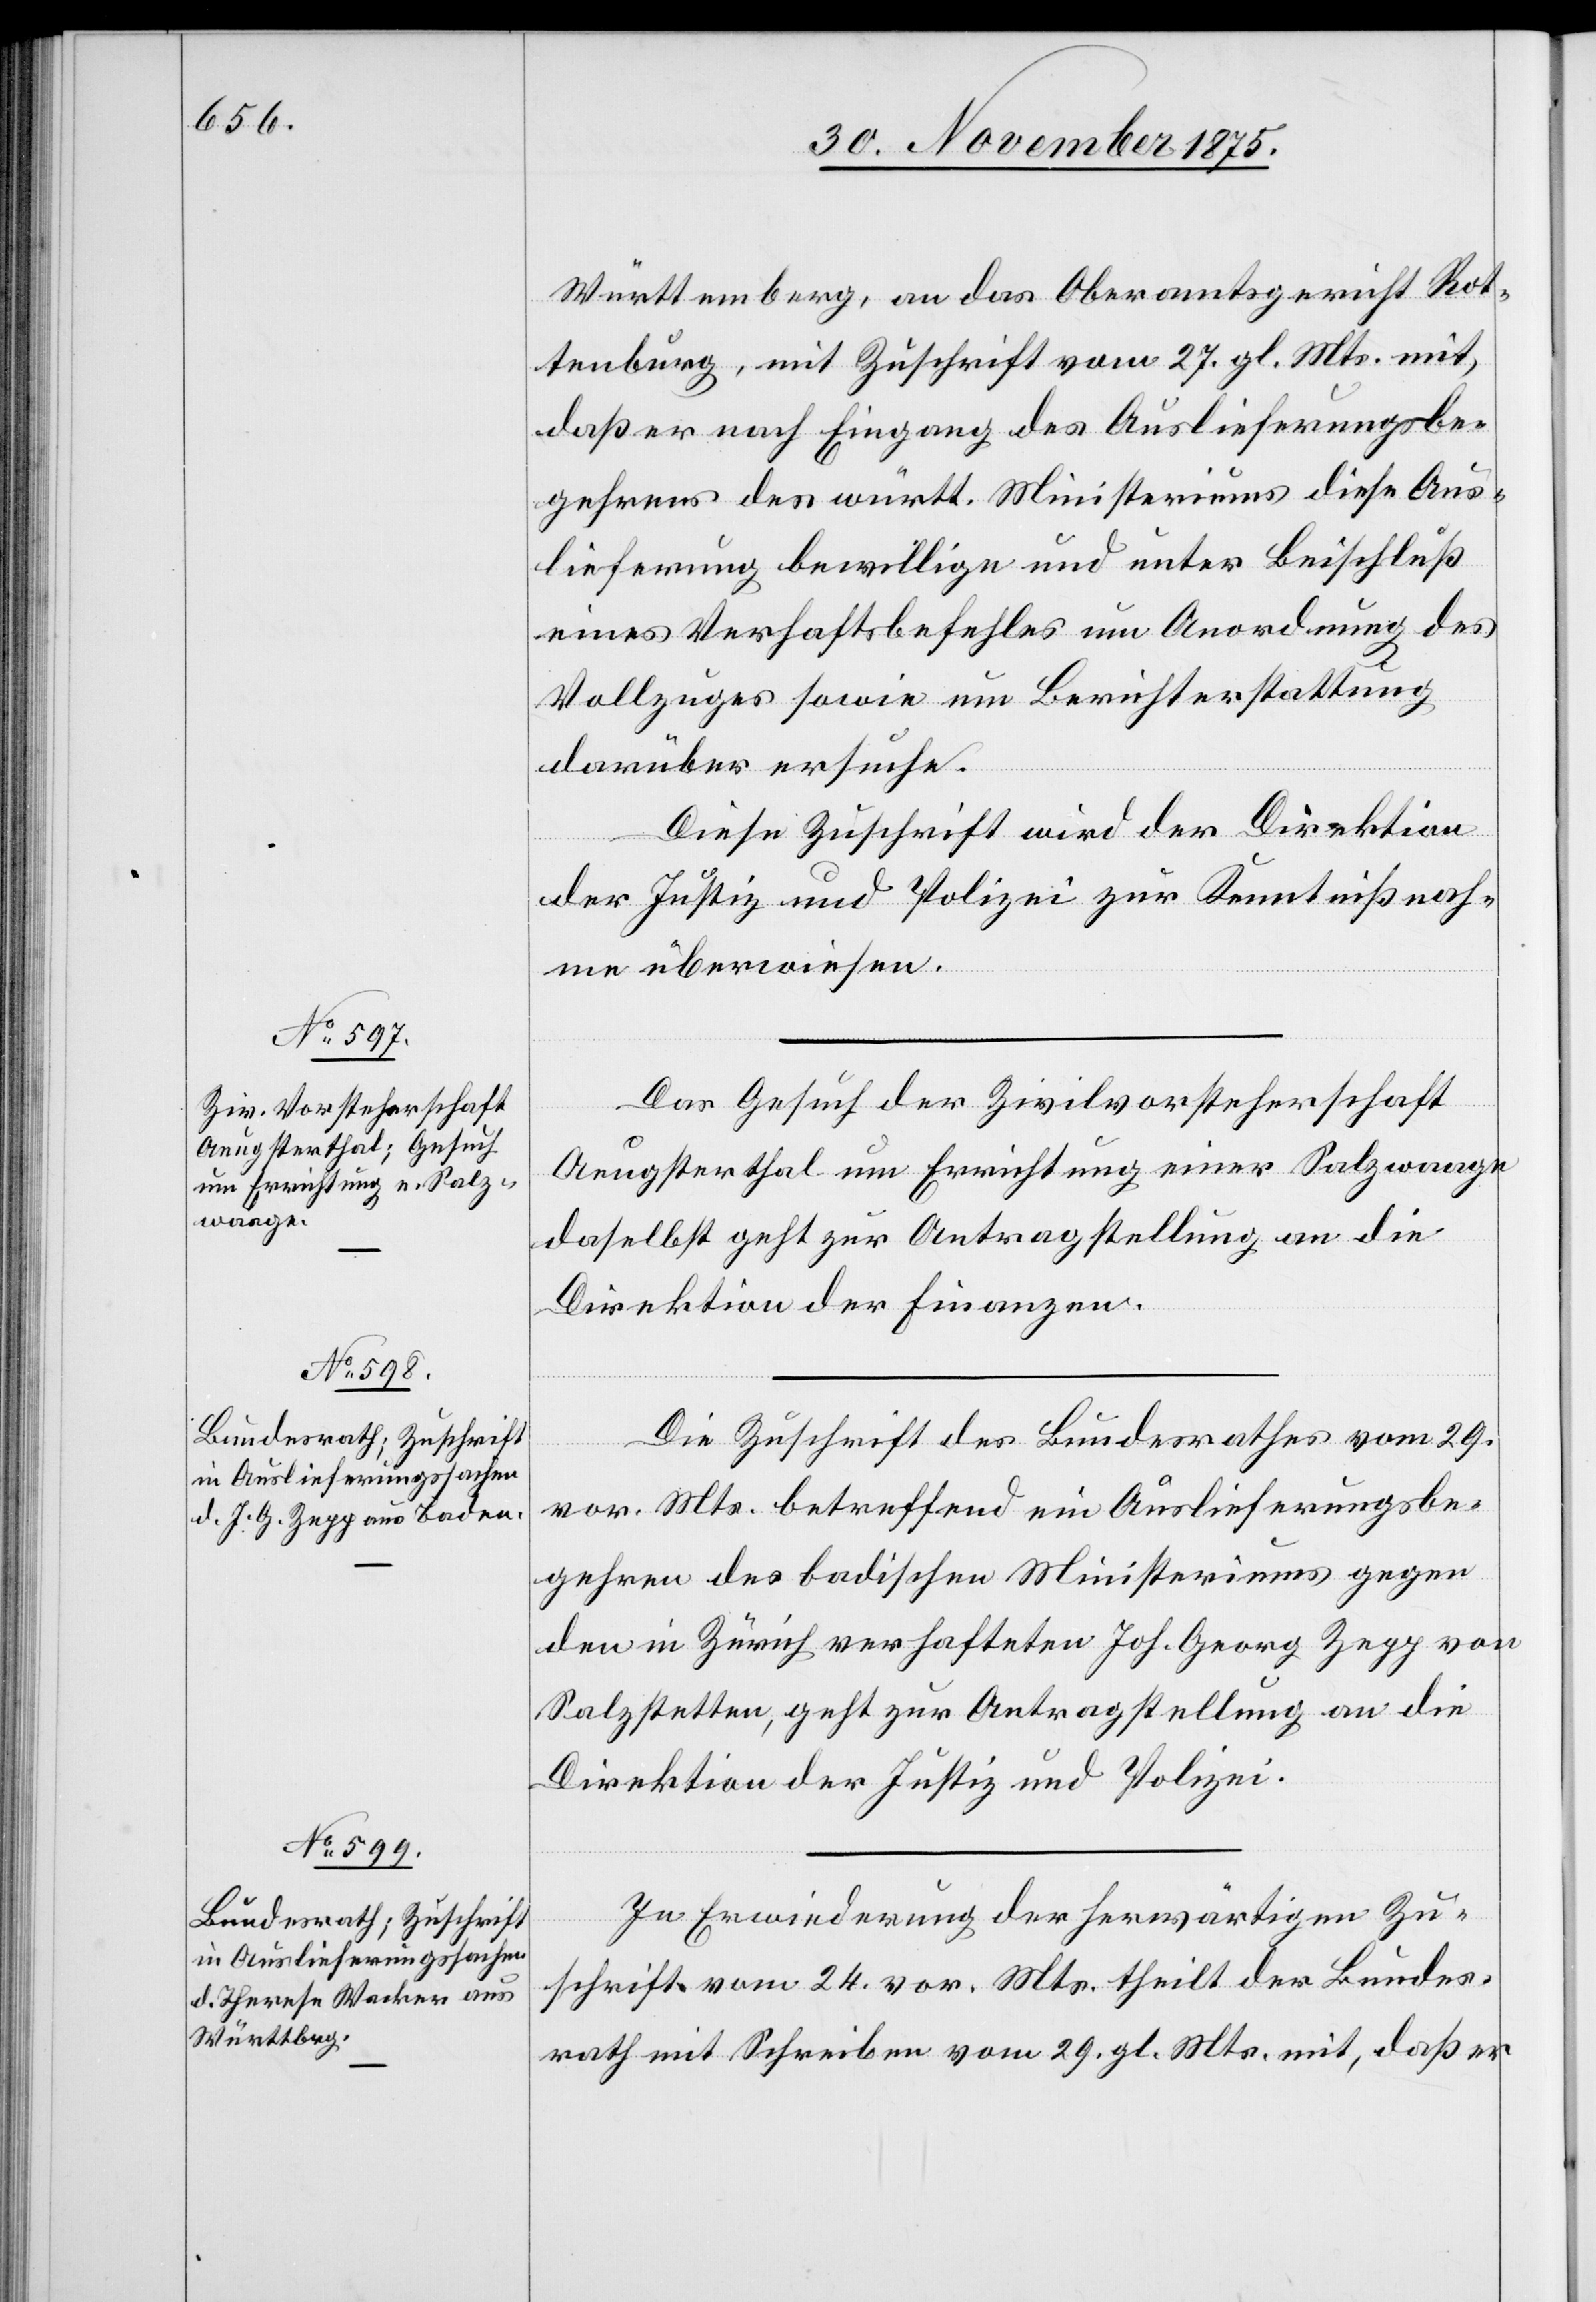
Württemberg, an das Oberamtsgericht Rot¬
tenburg, mit Zuschrift vom 27. gl. Mts. mit,
daß er nach Eingang des Auslieferungsbe¬
gehrens des württ. Ministeriums diese Aus¬
lieferung bewillige und unter Beischluß
eines Verhaftsbefehles um Anordnung des
Vollzuges sowie um Berichterstattung
1.
darüber ersuche.
Diese Zuschrift wird der Direktion
December
der Justiz und Polizei zur Kenntnißnah¬
me überwiesen.
Das Gesuch der Zivilvorsteherschaft
Aeugsterthal um Errichtung einer Salzwaage
daselbst[,] geht zur Antragstellung an die
Direktion der Finanzen.
Die Zuschrift des Bundesrathes vom 29.
vor. Mts. betreffend ein Auslieferungsbe¬
gehren des badischen Ministeriums gegen
den in Zürich verhafteten Joh. Georg Zepp von
Salzstetten, geht zur Antragstellung an die
Direktion der Justiz und Polizei.
In Erwiederung der herwärtigen Zu¬
schrift vom 24. vor. Mts. theilt der Bundes¬
rath mit Schreiben vom 29. gl. Mts. mit, daß er